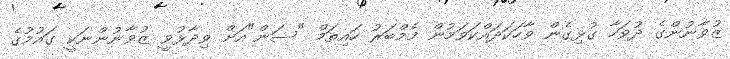
ޒުވާނުންގެ ދުވަހާ ގުޅިގެން ވާހަކަދައްކަވަމުން މެމްބަރު ހައިތަމް "ސަން"އަށް ވިދާޅުވީ ޒުވާނުންނަކީ ގައުމުގެ